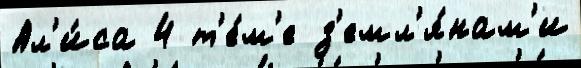
Ал'и́са 4 т'е́м'е з'емл'я́нам'и